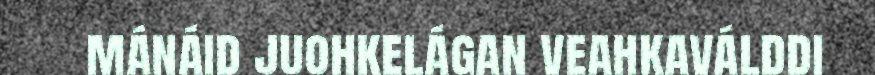
mánáid juohkelágan veahkaválddi